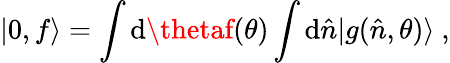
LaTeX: |0,f\rangle=\int\mathrm{d}\thetaf(\theta)\int\mathrm{d}\hat{{n}}|g(\hat{{n}},\theta)\rangle~,